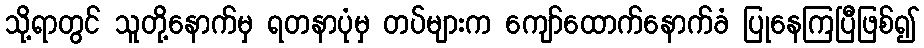
သို့ရာတွင် သူတို့နောက်မှ ရတနာပုံမှ တပ်များက ကျော်ထောက်နောက်ခံ ပြုနေကြပြီဖြစ်၍